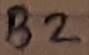
Text: B2